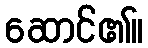
ဆောင်၏။